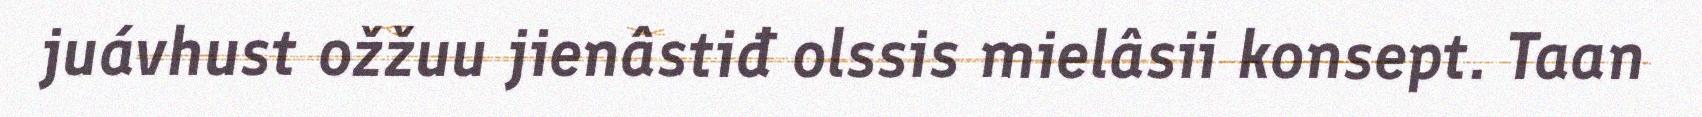
juávhust ožžuu jienâstiđ olssis mielâsii konsept. Taan